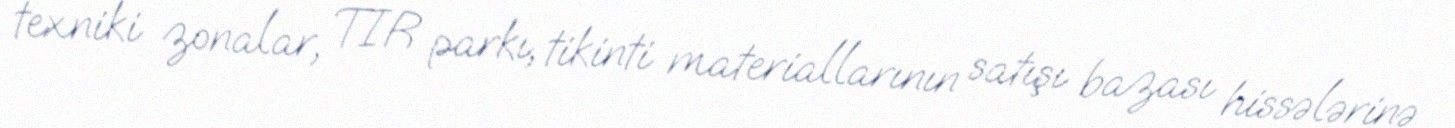
texniki zonalar, TIR parkı, tikinti materiallarının satışı bazası hissələrinə